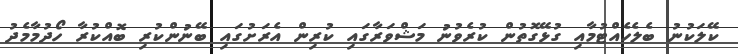
ކޭލަކުނު ބެލެހެއްޓުމާއި ގުޅޭގޮތުން ކުރެވުނު މަޝްވަރާގައި ކުރިން އެރަށުގައި ބޭނުންކުރި ބޮއްކުރާ ހޯދުމާމެދު